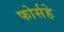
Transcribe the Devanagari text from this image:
फोर्सहे